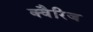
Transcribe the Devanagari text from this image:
क्वैरिज